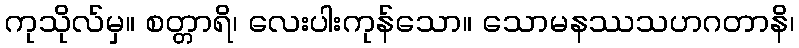
ကုသိုလ်မှ။ စတ္တာရိ၊ လေးပါးကုန်သော။ သောမနဿသဟဂတာနိ၊